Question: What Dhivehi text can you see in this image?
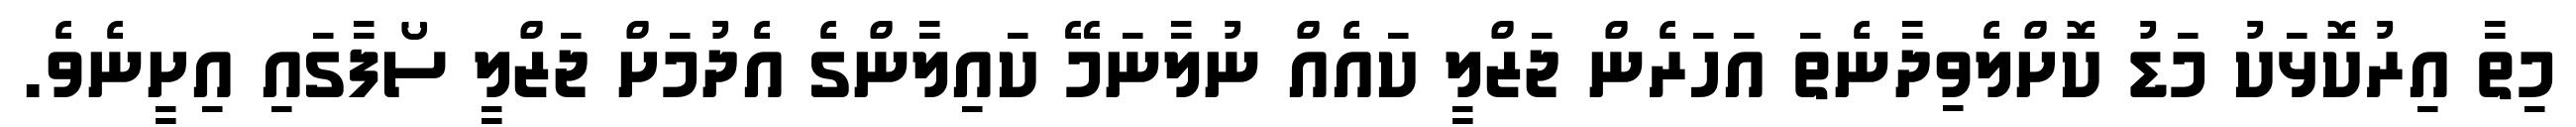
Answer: މިތާ އިރުކޮޅަކު މަޑު ކޮށްލެވިދާނެތަ އަހަރެން ޖަޒްލީ ކައެއް ނުލާނަމޭ ކައިލާންގެ އެދުމަށް ޖަޒްލީ ސޯފާގައި އިށީނެވެ.